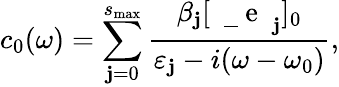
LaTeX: c_{0}(\omega)=\sum_{\mathbf{j}=0}^{s_{\mathrm{{max}}}}\frac{{\beta_{\mathbf{j}}[\mathrm{{~\mathbf{~}\underline{{~}}{~e~}~}}_{\mathbf{j}}]_{0}}}{{\varepsilon_{\mathbf{j}}-i(\omega-\omega_{0})}},